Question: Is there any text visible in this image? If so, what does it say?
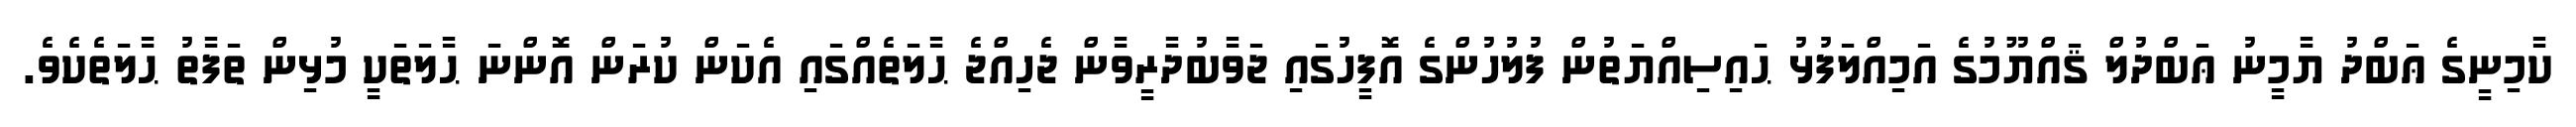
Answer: ކާމިނީގެ ޢަބްދު ޔާމީނު ޢަބްދުލް ޤައްޔޫމުގެ އަމިއްލަފުޅު ޙައިސިއްޔަތުން ފުލުހުންގެ އޮފީހުގައި ޖަވާބުދާރީވާން ޖެހިއްޖެ ޙާލަތެއްގައި އެކަން ކުރަން އޮންނަ ޙާލަތަކީ މުޅިން ތަފާތު ޙާލަތެކެވެ.